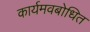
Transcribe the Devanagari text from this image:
कार्यमवबोधित